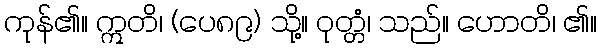
ကုန်၏။ ဣတိ၊ (ပေ၈၉) သို့။ ဝုတ္တံ၊ သည်။ ဟောတိ၊ ၏။